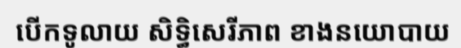
បើកទូលាយ សិទ្ធិសេរីភាព ខាងនយោបាយ